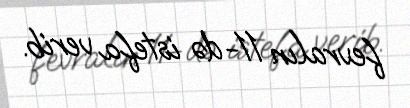
fevralın 11-də istefa verib.